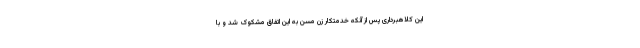
این کلاهبرداری پس از آنکه خدمتکار زن مسن به این اتفاق مشکوک شد و با